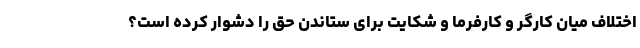
اختلاف میان کارگر و کارفرما و شکایت برای ستاندن حق را دشوار کرده است؟